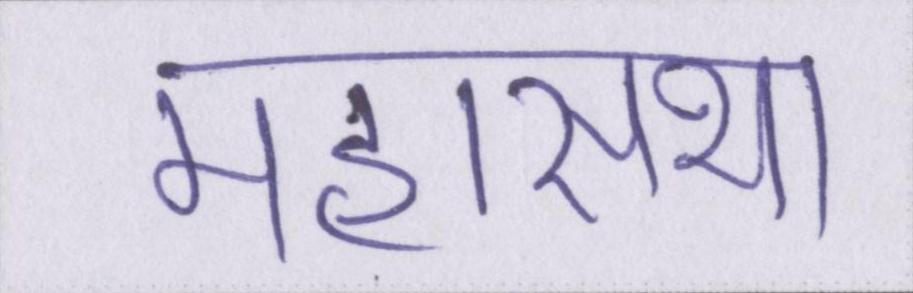
महासभा